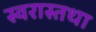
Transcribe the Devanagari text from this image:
स्वरास्तथा